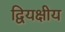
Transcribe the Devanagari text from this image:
द्वियक्षीय